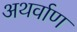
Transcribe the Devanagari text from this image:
अथर्वाण